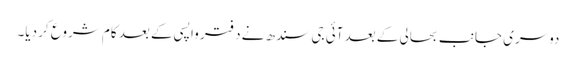
دوسری جانب بحالی کے بعد آئی جی سندھ نے دفتر واپسی کے بعد کام شروع کر دیا۔